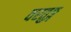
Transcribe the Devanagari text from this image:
वरतुङ्ग